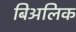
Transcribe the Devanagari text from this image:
बिअलिक